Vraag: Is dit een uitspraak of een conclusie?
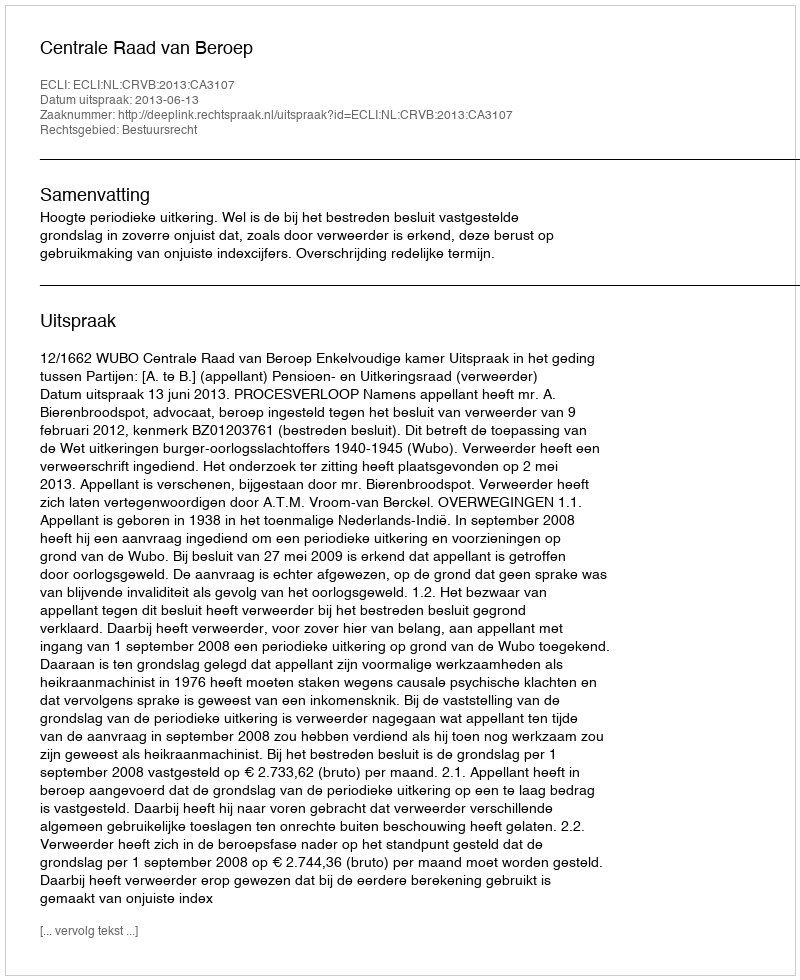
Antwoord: Uitspraak